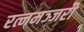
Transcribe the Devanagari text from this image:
रत्नमञ्जरी